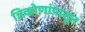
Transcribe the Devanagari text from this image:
त्रिकोणांपासून